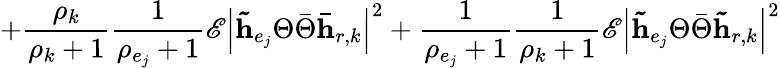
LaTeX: +\frac{\rho_{k}}{\rho_{k}+1}\frac{1}{\rho_{e_{j}}+1}\mathscr{E}\left|\mathbf{\tilde{h}}_{e_{j}}\Theta\bar{\Theta}\mathbf{\bar{h}}_{r,k}\right|^{2}+\frac{1}{\rho_{e_{j}}+1}\frac{1}{\rho_{k}+1}\mathscr{E}\left|\mathbf{\tilde{h}}_{e_{j}}\Theta\bar{\Theta}\mathbf{\tilde{h}}_{r,k}\right|^{2}